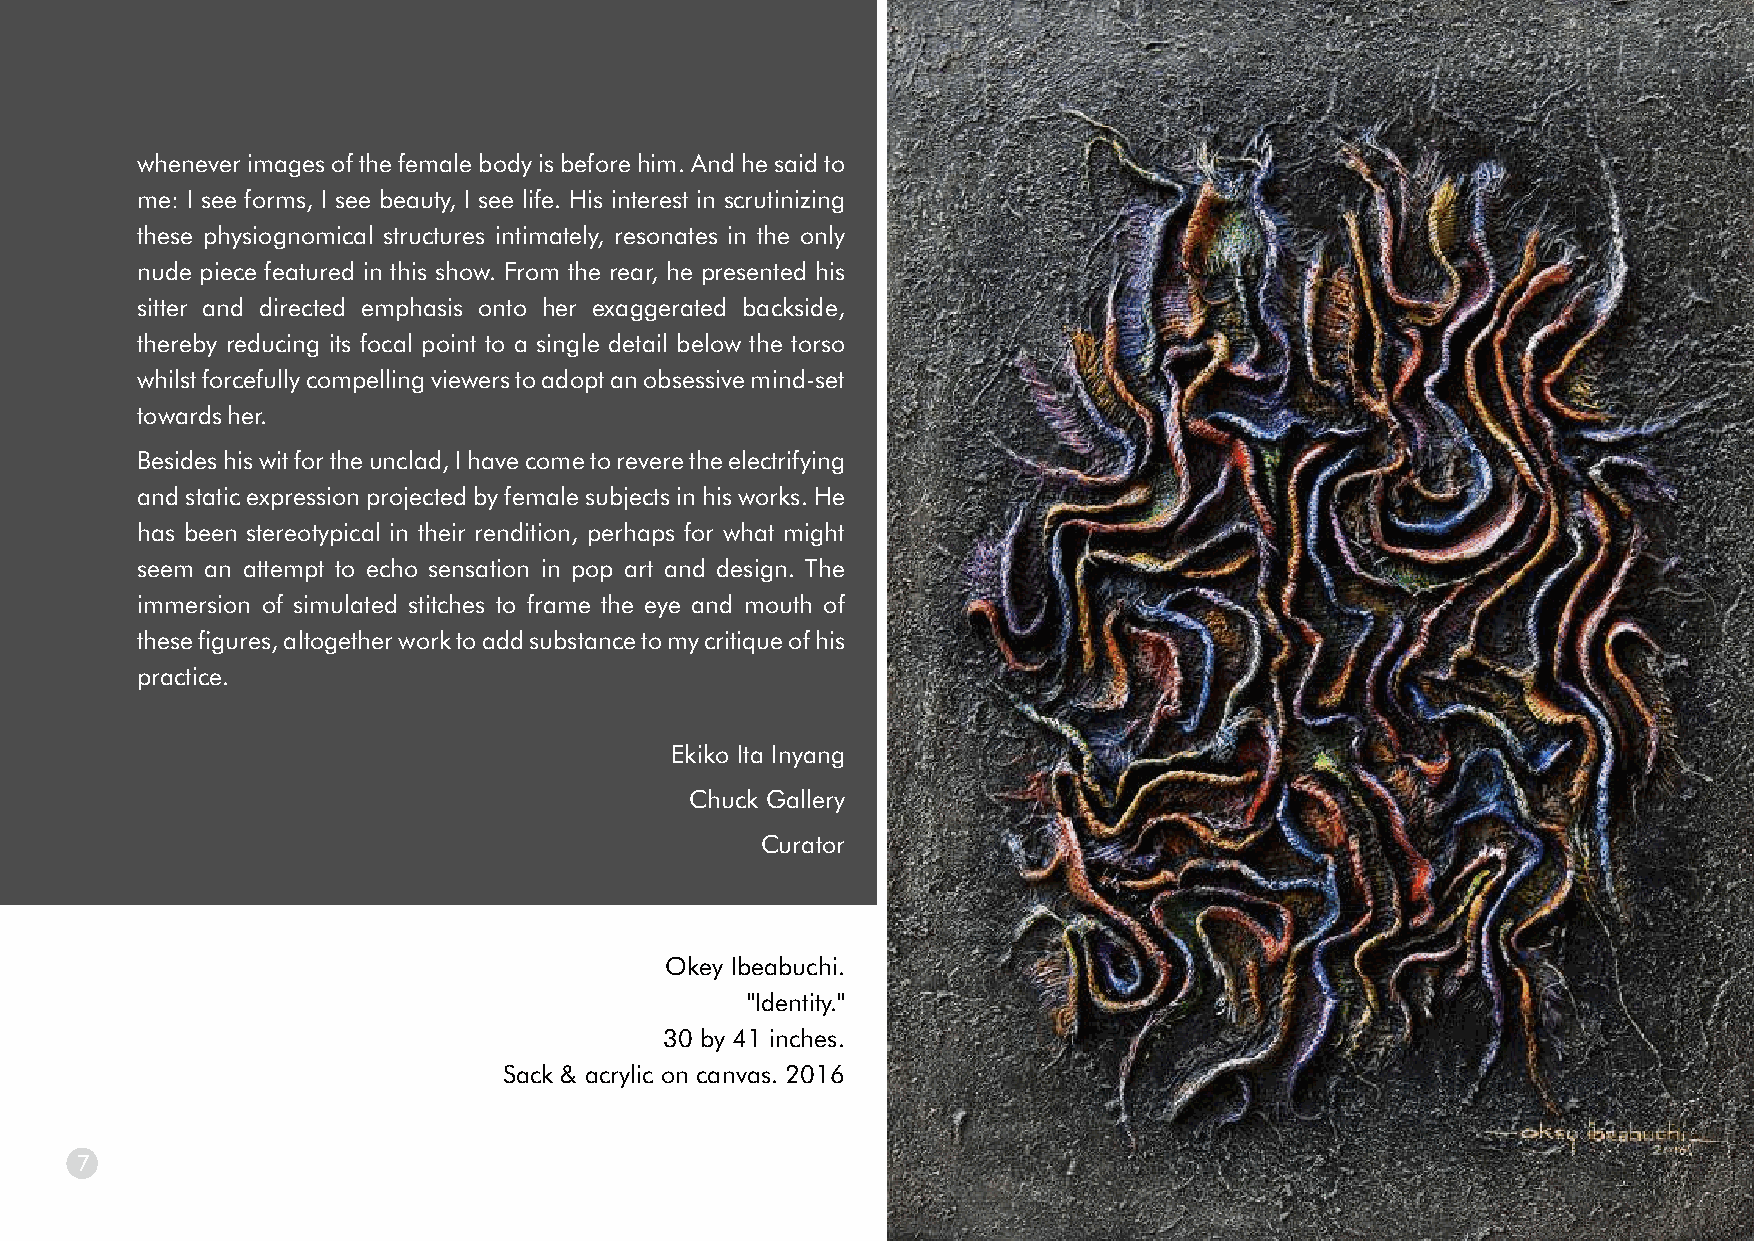
whenever images of the female body is before him. And he said to
 me: I see forms, I see beauty, I see life. His interest in scrutinizing
 these physiognomical structures intimately, resonates in the only
 nude piece featured in this show. From the rear, he presented his
 sitter and directed emphasis onto her exaggerated backside,
 thereby reducing its focal point to a single detail below the torso
 whilst forcefully compelling viewers to adopt an obsessive mind-set
 towards her.
 Besides his wit for the unclad, I have come to revere the electrifying
 and static expression projected by female subjects in his works. He
 has been stereotypical in their rendition, perhaps for what might
 Joel Utuedor.
 seem an attempt to echo sensation in pop art and design. The
 ''Back view.”
 immersion of simulated stitches to frame the eye and mouth of
 43 by 55 inches.
 these figures, altogether work to add substance to my critique of his
 Oil on canvas. 2016
 practice.
 Ekiko Ita Inyang
 Chuck Gallery
 Curator
 Okey Ibeabuchi.
 ''Identity.''
 30 by 41 inches.
 Sack & acrylic on canvas. 2016
 7